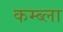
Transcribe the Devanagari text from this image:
कम्ब्ला